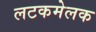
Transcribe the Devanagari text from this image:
लटकमेलक